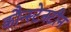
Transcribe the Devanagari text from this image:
कौन्स्टेनटीन